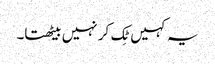
یہ کہیں ٹِک کر نہیں بیٹھتا۔